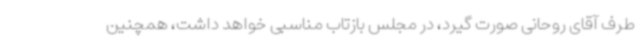
طرف آقای روحانی صورت گیرد، در مجلس بازتاب مناسبی خواهد داشت، همچنین